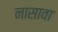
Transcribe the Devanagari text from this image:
नासावा